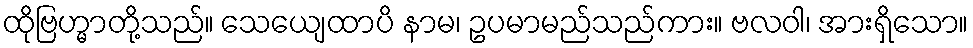
ထိုဗြဟ္မာတို့သည်။ သေယျေထာပိ နာမ၊ ဥပမာမည်သည်ကား။ ဗလဝါ၊ အားရှိသော။